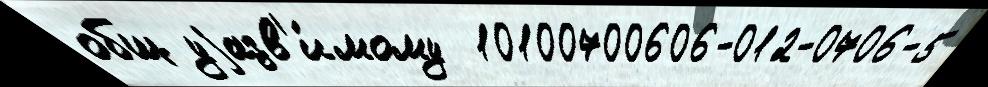
общ уjазв'и́мому  10100700606-012-0706-5